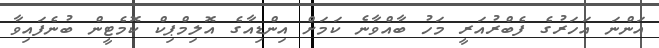
އަންނަ އަހަރުގެ ފެބްރުއަރީ މަހު ބާއްވާނެ ކަމަށް އިންޑިއާގެ އޮލިމްޕިކް ކޮމެޓީން ބުނެފައިވާ